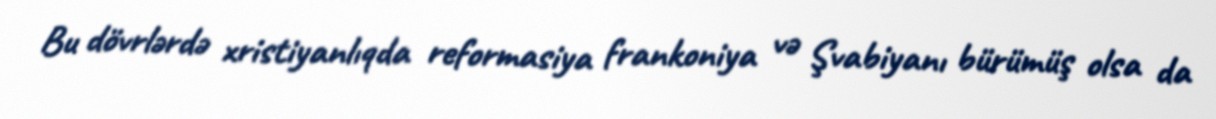
Bu dövrlərdə xristiyanlıqda reformasiya frankoniya və Şvabiyanı bürümüş olsa da